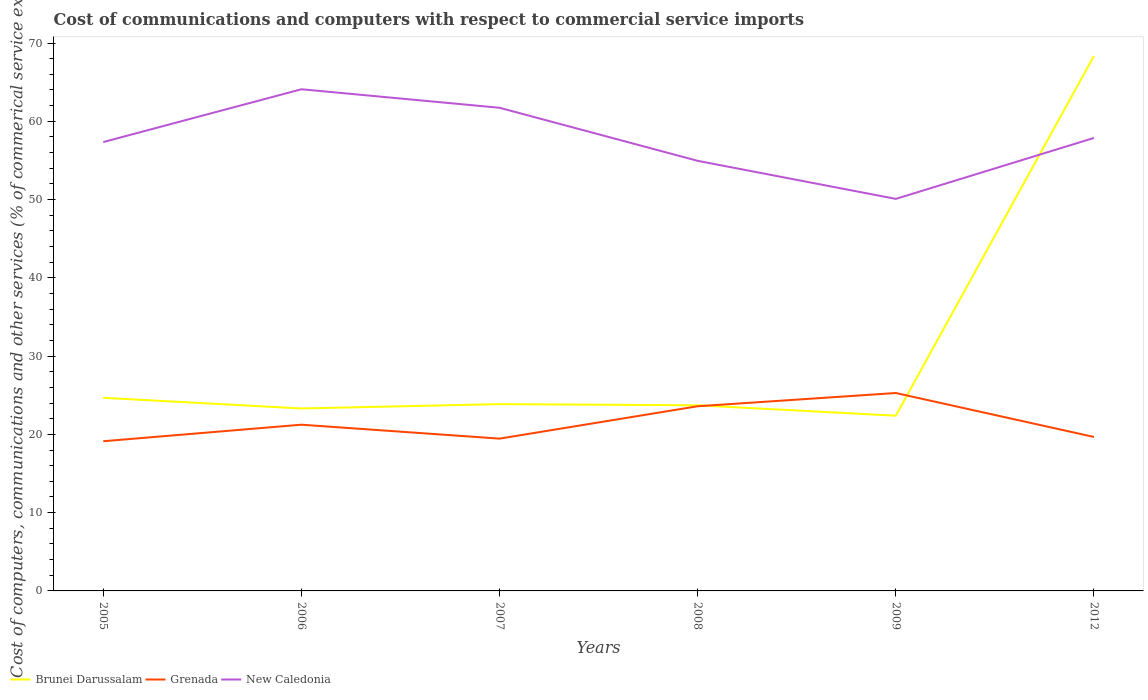
| Years | Brunei Darussalam | Grenada | New Caledonia |
 | --- | --- | --- | --- |
 | 2005 | 24.7 | 19.1 | 57.3 |
 | 2006 | 23.3 | 21.2 | 64.1 |
 | 2007 | 23.9 | 19.5 | 61.7 |
 | 2008 | 23.7 | 23.6 | 54.9 |
 | 2009 | 22.4 | 25.3 | 50.1 |
 | 2012 | 68.4 | 19.7 | 57.9 |